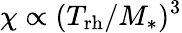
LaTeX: \chi\propto(T_{\mathrm{rh}}/M_{*})^{3}